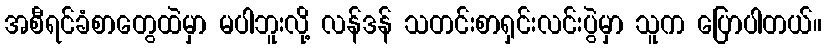
အစီရင်ခံစာတွေထဲမှာ မပါဘူးလို့ လန်ဒန် သတင်းစာရှင်းလင်းပွဲမှာ သူက ပြောပါတယ်။